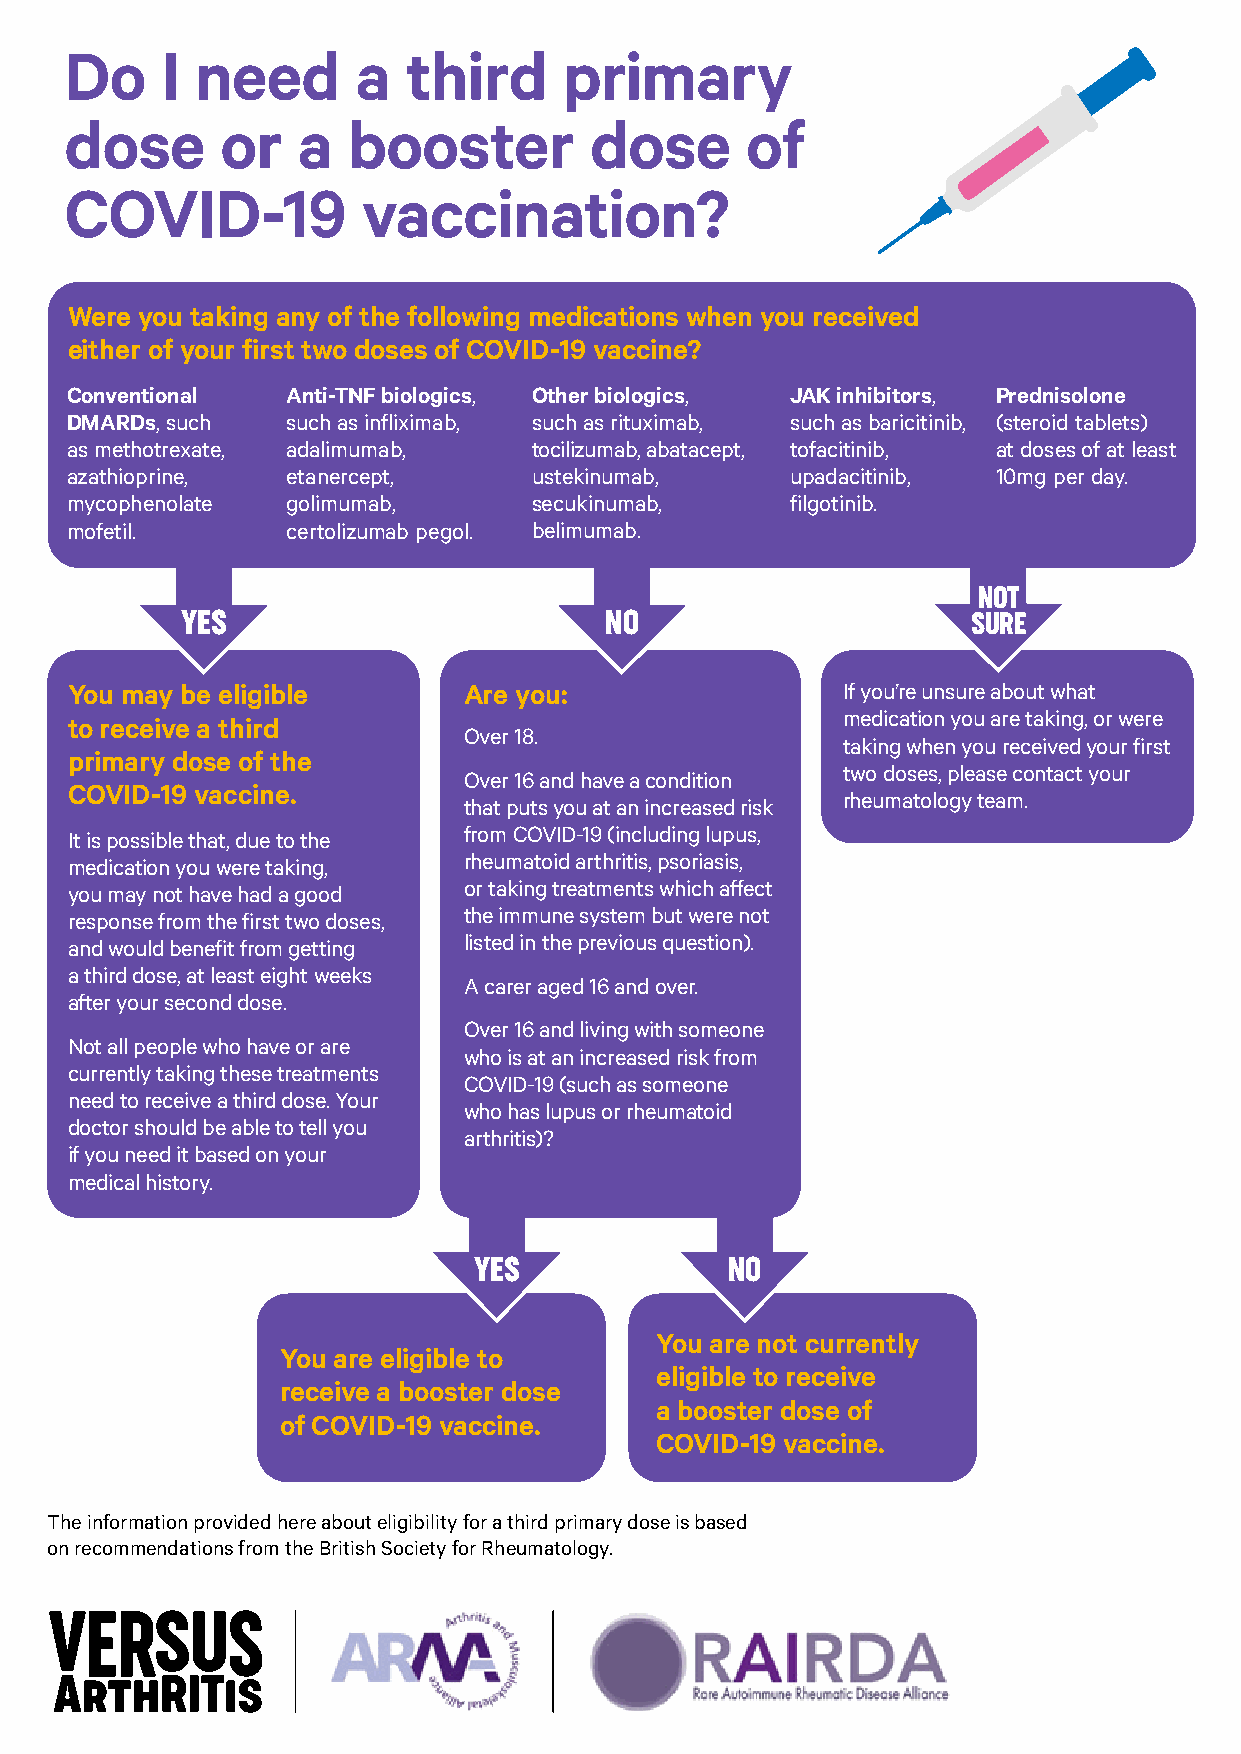
Do     I need       a  third     primary
 dose       or   a  booster         dose      of
 COVID-19            vaccination?
 Were you taking any of the following medications when you received
 either of your first two doses of COVID-19 vaccine?
 Conventional   Anti-TNF biologics, Other biologics, JAK inhibitors, Prednisolone
 DMARDs, such   such as infliximab, such as rituximab, such as baricitinib, (steroid tablets)
 as methotrexate, adalimumab,   tocilizumab, abatacept, tofacitinib, at doses of at least
 azathioprine,  etanercept,     ustekinumab,     upadacitinib, 10mg per day.
 mycophenolate  golimumab,      secukinumab,     filgotinib.
 mofetil.       certolizumab pegol. belimumab.
 NOT
 YES                         NO                      SURE
 You may be eligible        Are you:                 If you’re unsure about what
 medication you are taking, or were
 to receive a third
 Over 18.
 taking when you received your first
 primary dose of the
 two doses, please contact your
 Over 16 and have a condition
 COVID-19 vaccine.
 rheumatology team .
 that puts you at an increased risk
 from COVID-19 (including lupus,
 It is possible that, due to the
 rheumatoid arthritis, psoriasis,
 medication you were taking,
 or taking treatments which affect
 you may not have had a good
 the immune system but were not
 response from the first two doses,
 listed in the previous question) .
 and would benefit from getting
 a third dose, at least eight weeks
 A carer aged 16 and over.
 after your second dose.
 Over 16 and living with someone
 Not all people who have or are
 who is at an increased risk from
 currently taking these treatments
 COVID-19 (such as someone
 need to receive a third dose. Your
 who has lupus or rheumatoid
 doctor should be able to tell you
 arthritis)?
 if you need it based on your
 medical history.
 YES              NO
 You are not currently
 You are eligible to
 eligible to receive
 receive a booster dose
 a booster dose of
 of COVID-19 vaccine.
 COVID-19 vaccine .
 The information provided here about eligibility for a third primary dose is based
 on recommendations from the British Society for Rheumatology .